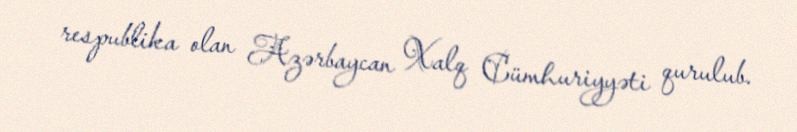
respublika olan Azərbaycan Xalq Cümhuriyyəti qurulub.